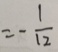
= - \frac { 1 } { 1 2 }